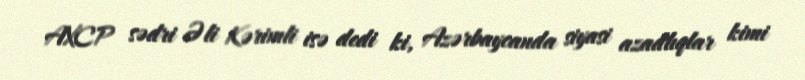
AXCP sədri Əli Kərimli isə dedi ki, Azərbaycanda siyasi azadlıqlar kimi